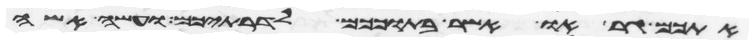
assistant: אתכם גר או אשר בתוככם לדרתיכם ועשה אשה